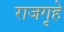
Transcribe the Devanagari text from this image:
राजगृहे